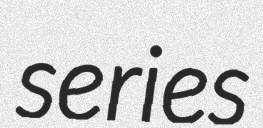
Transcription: series